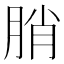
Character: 䏴